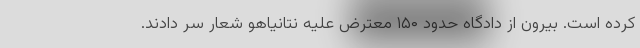
کرده‌ است. بیرون از دادگاه حدود ۱۵۰ معترض علیه نتانیاهو شعار سر دادند.